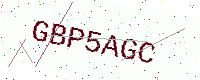
Text: GBP5AGC